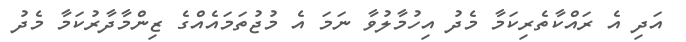
އަދި އެ ރައްކާތެރިކަމާ މެދު އިހުމާލުވާ ނަމަ އެ މުޖުތަމައެއްގެ ޒިންމާދާރުކަމާ މެދު